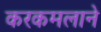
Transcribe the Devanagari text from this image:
करकमलाने